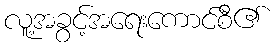
လူ့အခွင့်အရေးကောင်စီ၏